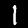
Label: 1